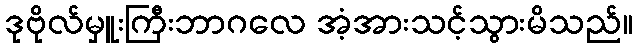
ဒုဗိုလ်မှူးကြီးဘာဂလေ အံ့အားသင့်သွားမိသည်။